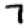
Digit: 7